Report of the veterinary officer investigating camel disease
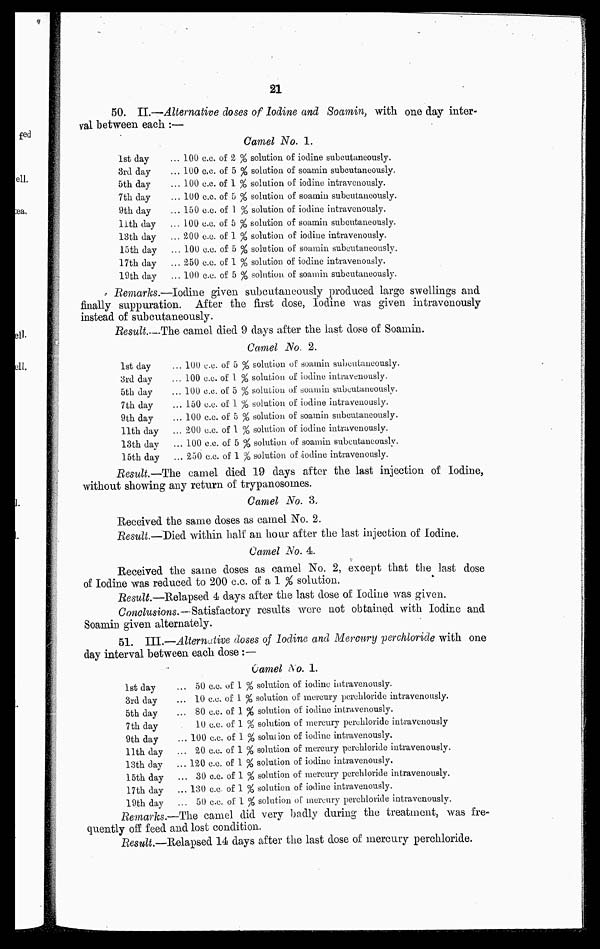
21
50. II.—Alternative doses of Iodine and Soamin, with one day inter-
val between each :—
Camel No. 1.
1st day
3rd day
5th day
7th day
9th day
11th day
13th day
loth day
17th day
19th day
..100 c.c. of 2 % solution of iodine subcutaneously.
..100 c,c. of 5 % solution of soamin subcutaneously.
.. 100 c.c. of 1 % solution of iodine intravenously.
.. 100 c.c. of 5 % solution of soamin subcutaneously.
.. 150 c.c. of 1 % solution of iodine intravenously.
..100 c.c. of 5 % solution of soamin subcutaneously.
.. 200 c.c. of 1 % solution of iodine intravenously.
..100 c.c. of 5 % solution of soamin subcutaneously.
.. 250 c.c. of 1 % solution of iodine intravenously.
.. 100 c.c. of 5 % solution of soamin subcutaneously.
Remarks.—Iodine given subcutaneously produced large swellings and
finally suppuration. After the first dose, Iodine was given intravenously
instead of subcutaneously.
Result.—The camel died 9 days after the last dose of Soamin.
Camel No. 2.
1st day
3rd day
5th day
7 th day
9 th day
11th day
13th day
15th day
... 100 c.c. of 5 % solution of soamin subcntaueously.
... 100 c.c. of 1 % solution of iodine intravenously.
... 100 c.c. of 5 % solution of soamin subcutaneously.
... 150 c.c. of 1 % solution of iodine intravenously.
... 100 c.c. of 5 % solution of soainin subcutaneously.
... 200 c.c. of 1 % solution of iodine intravenously.
... 100 c.c. of 5 % solution of soamin subcutancously.
... 250 c.c. of 1 % solution of-iodine intravenously.
Result.—The camel died 19 days after the last injection of Iodine,
without showing any return of trypanosomes.
Camel No. 3.
Received the same doses as camel No. 2.
Result.—Died within half an hour after the last injection of Iodine.
Camel No. 4.
Received the same doses as camel No. 2, except that the last dose
of Iodine was reduced to 200 c.c. of a 1 % solution.
Result.—Relapsed 4 days after the last dose of Iodine was given.
Conclusions.—Satisfactory results were not obtained with Iodine and
Soamin given alternately.
51. III.—Alternative doses of Iodine and Mercury perchloride with one
day interval between each dose :—
Camel No. 1.
1st day
3rd day
5th day
7 th day
9th day
11th day
13th day
15th day
17th day
19th day
... 50 c.c. of 1 % solution of iodinc intravenously.
... 10 c.c. of 1 % solution of mercury perchloride intravenously.
... 80 c.c. of 1 % solution of iodine intravenously.
10 c.c. of 1 % solution of mercury perchloride intravenously
... 100 c.c. of 1 % solution of iodine intravenously.
... 20 c.c. of 1 % solution of mercury perehloride intravenously.
... 120 c.c. of 1 % solution of iodine intravenously.
... 30 c.c. of 1 % solution of mercury perehloride intravenously.
... 130 c.c of 1 % solution of iodine intravenously.
... 50 cc. of 1 % solution of mercury perehloride intravenously.
Remarks.—The camel did very badly during the treatment, was fre-
quently off feed and lost condition.
Result.—Relapsed 14 days after the last dose of mercury perchloride.